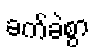
ခက်ခဲစွာ